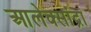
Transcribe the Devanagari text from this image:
आलेक्सांद्रा